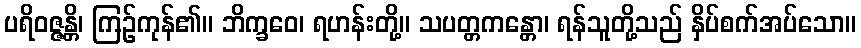
ပရိဝဇ္ဇန္တိ၊ ကြဉ်ကုန်၏။ ဘိက္ခဝေ၊ ရဟန်းတို့။ သပတ္တကန္တော၊ ရန်သူတို့သည် နှိပ်စက်အပ်သော။